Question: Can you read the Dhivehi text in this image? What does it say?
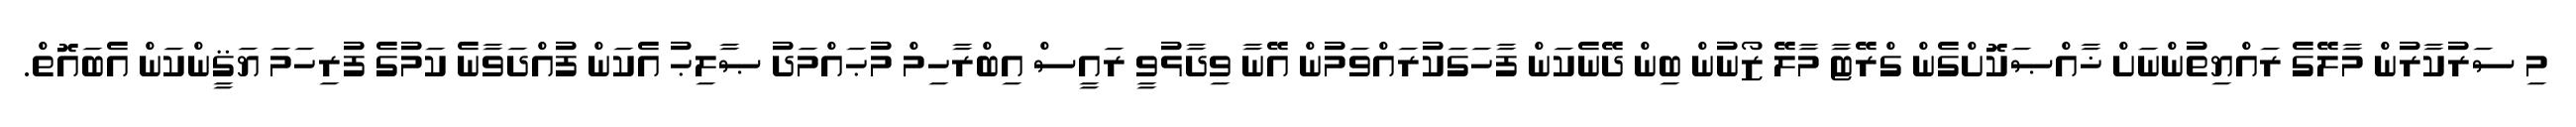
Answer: މި ސަރުކާރުން މާލޭގެ ރައްޔިތުންނަށް ޚާއްޞަކޮށްގެން ގްރޭޓާ މާލޭ ޒޯނުން ބިން ދޭނެކަން ފާހަގަކުރައްވަމުން އޭނާ ވިދާޅުވީ ރައީސް އިބްރާހިމް މުޙައްމަދު ޞާލިޙު އެކަން ފުއްދަވާނެ ކަމުގެ ފުރިހަމަ ޔަޤީންކަން އެބައޮތް.